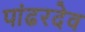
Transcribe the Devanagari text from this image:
पांढरदेव